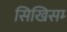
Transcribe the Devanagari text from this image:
सिखिसम्‍